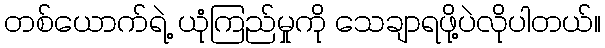
တစ်ယောက်ရဲ့ ယုံကြည်မှုကို သေချာရဖို့ပဲလိုပါတယ်။